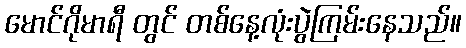
မောင်ဂိုမာရီ တွင် တစ်နေ့လုံးပွဲကြမ်းနေသည်။